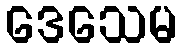
ဒေသေမ